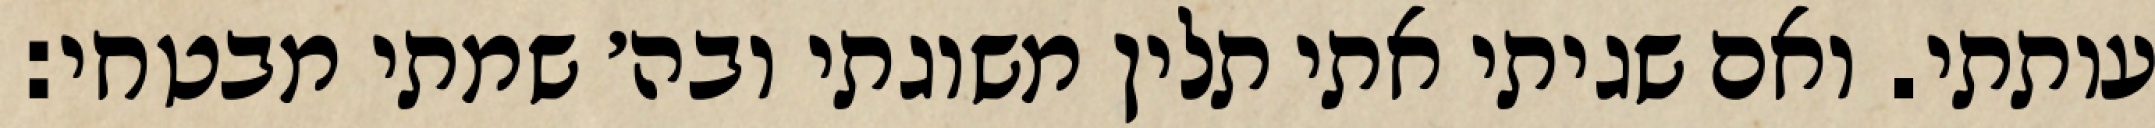
עותתי. ואם שגיתי אתי תלין משוגתי ובה׳ שמתי מבטחי: